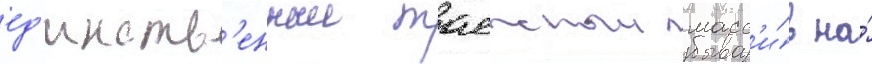
ед'инств'енныи таежныи масс'и́в на́